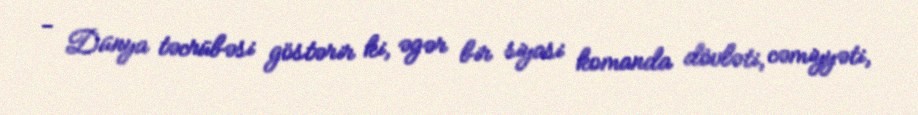
- Dünya təcrübəsi göstərir ki, əgər bir siyasi komanda dövləti, cəmiyyəti,